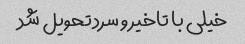
خیلی با تاخیر و سرد تحویل شد